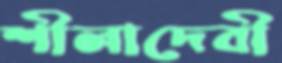
শীলাদেবী